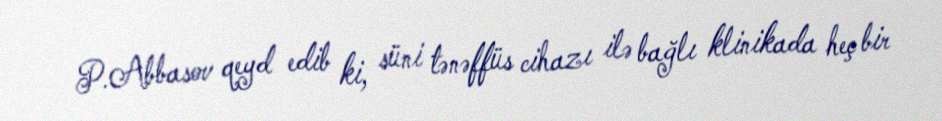
P.Abbasov qeyd edib ki, süni tənəffüs cihazı ilə bağlı klinikada heç bir